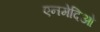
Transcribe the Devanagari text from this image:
एनमेदिओ